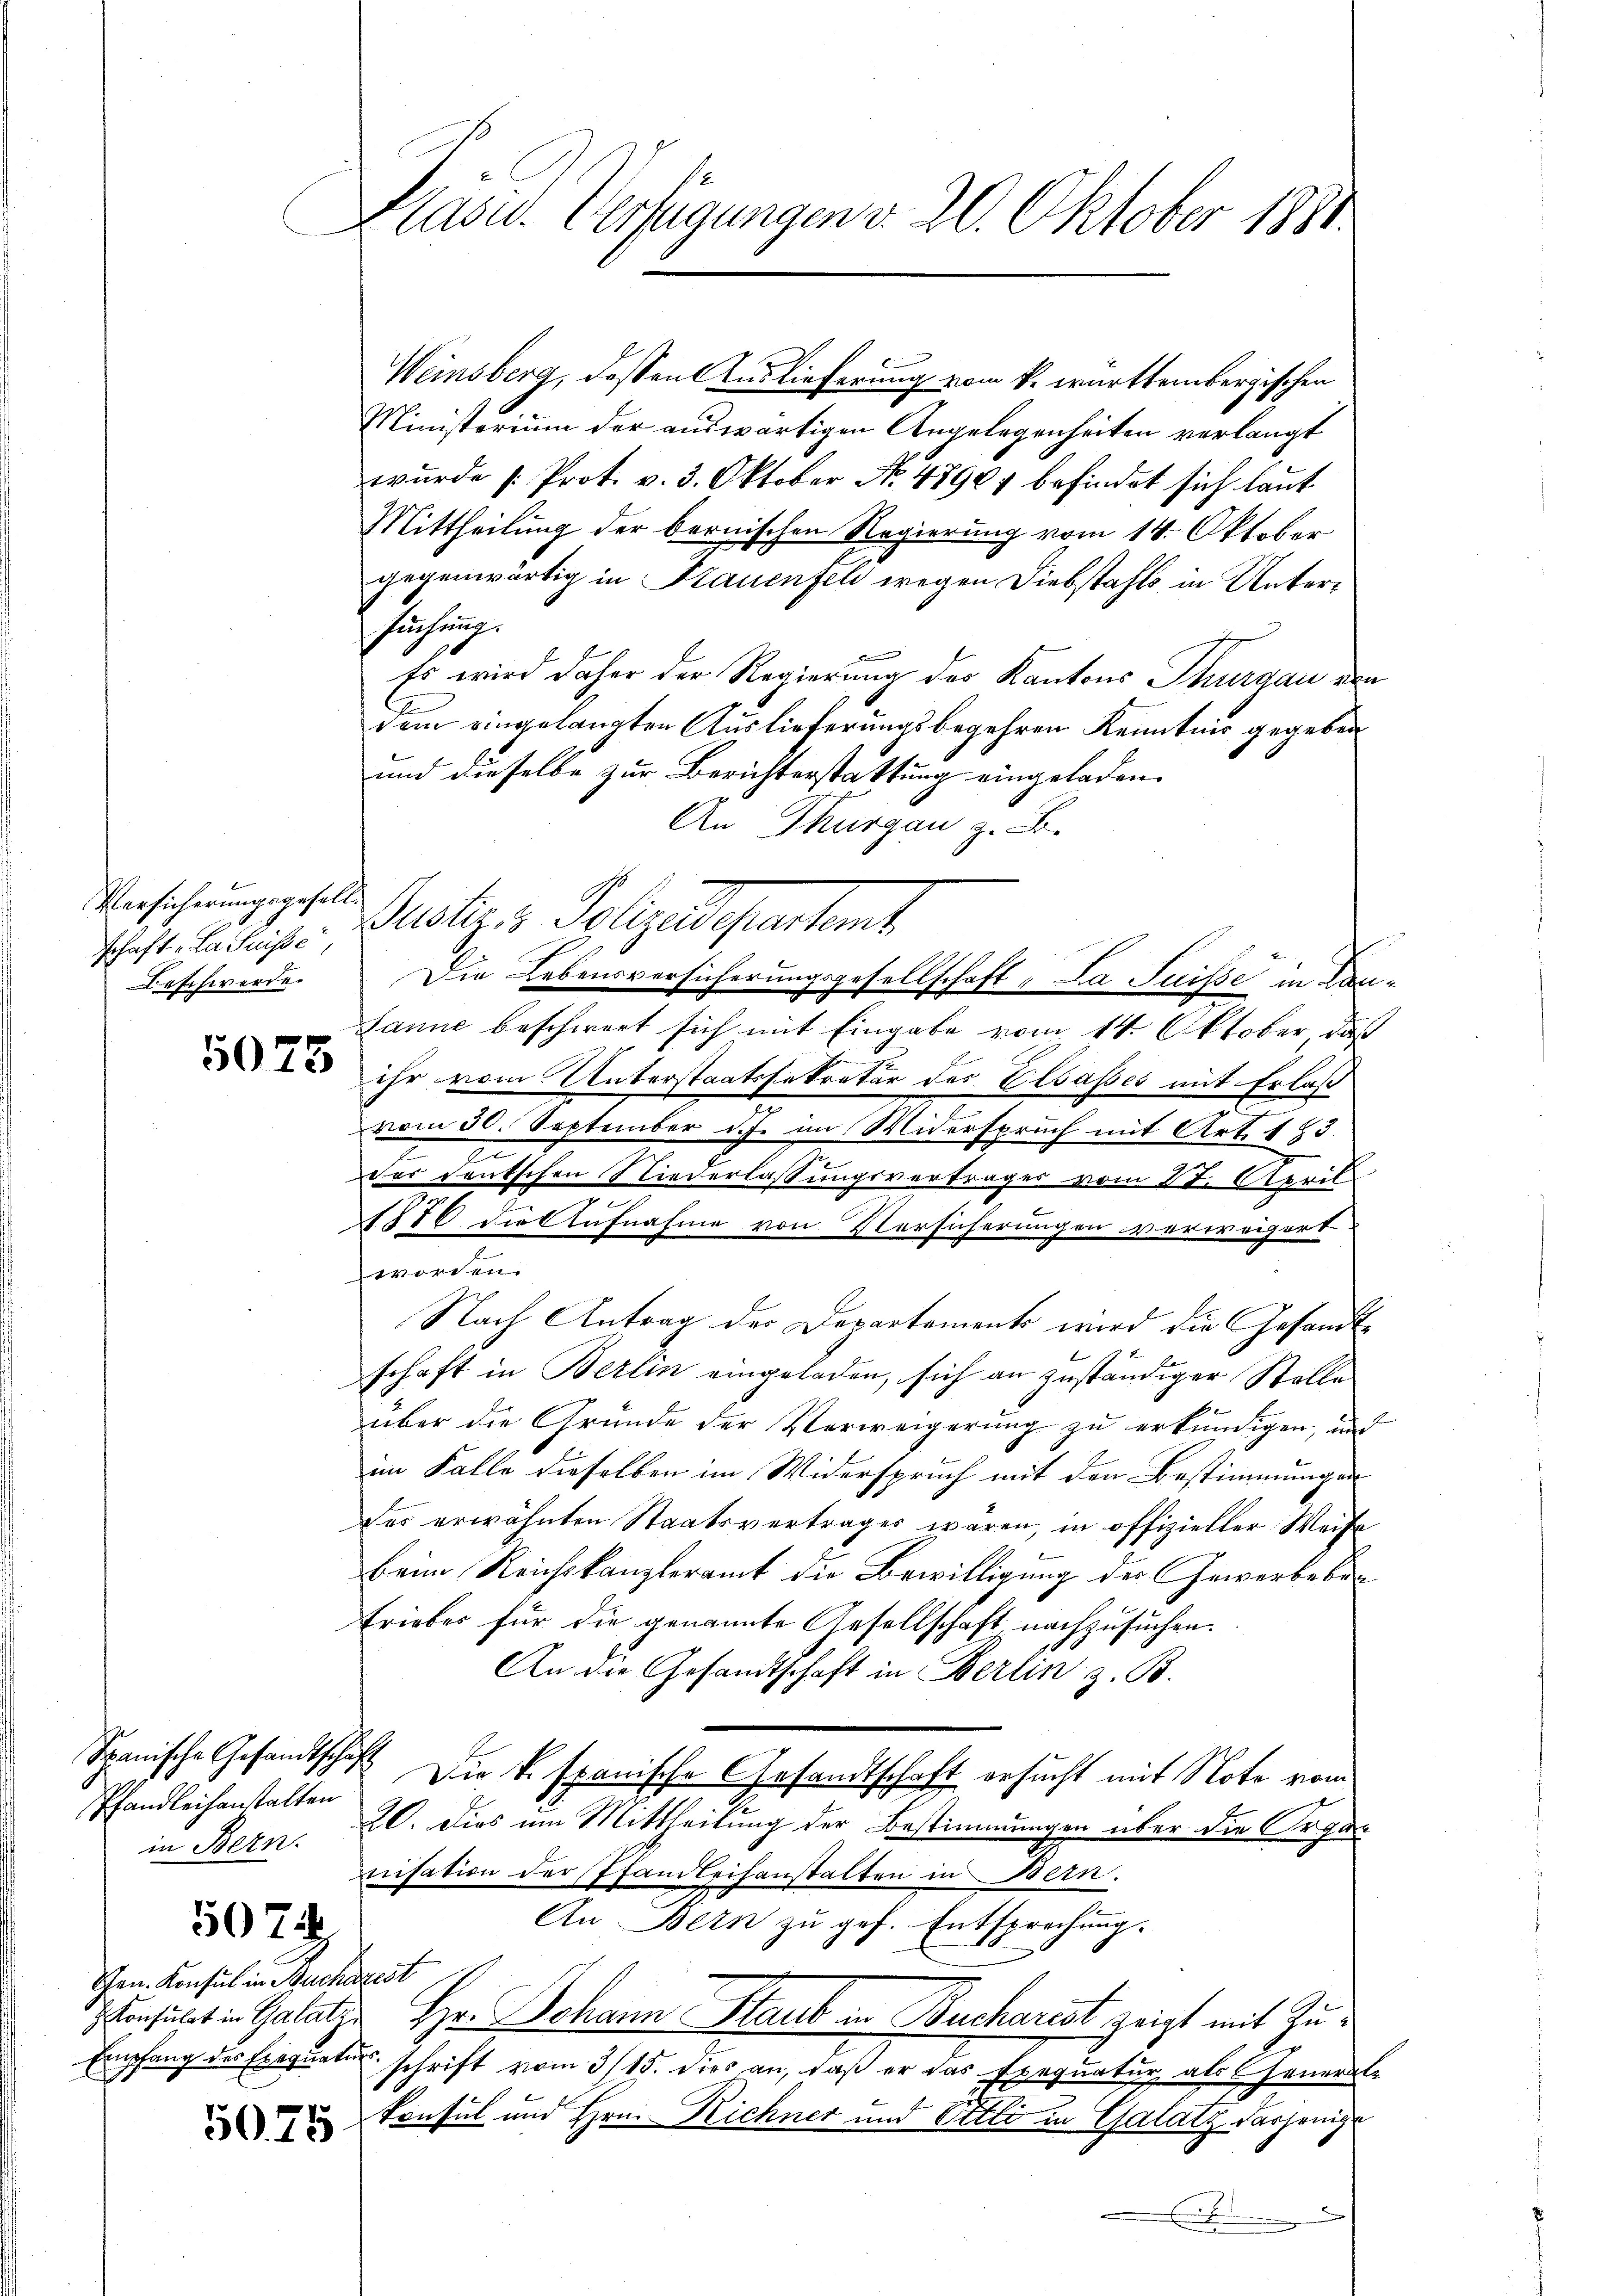
Versicherungsgesellschaft „La Suisse,
Beschwerde.

5075

Spanische Gesandtschaft
Pfandleihanstalten
in Bern.

5022

Gen. Konsul in Bucharest

5075.

Präsid. Verfügungen v. 20. Oktober 1881.

Weinsberg, dessen Auslieferung vom k. württembergischen
Ministerium der auswärtigen Angelegenheiten verlangt
wurde (: Prot. v. 3. Oktober No. 4790 befindet sich laut
Mittheilung der bernischen Regierung vom 14. Oktober
gegenwärtig in Hauenfeld wegen Diebstahls in Untersuchung.
f
Es wird daher der Regierung des Kantons Thurgau von
dem eingelangten Auslieferungsbegehren Kenntnis gegeben
und dieselbe zur Berichterstattung eingeladen.
An Thurgau z. B.
Sutz z. Polizeidesentant
Janne beschwert sich mit Eingabe vom 14. Oktober, daß
ihr vom Unterstaatssekretär des Elsasses mit Erlaß
g
vom 30. September d. J. im Widerspruch mit Art. 183.
zu
der deutschen Niederlassungsvertrages vom 21. April
1576 die Aufnahme von Versicherungen verweigert
worden.
Nach Antrag des Departements wird die Gesandtschaft in Berlin eingeladen, sich an zuständiger Stelle
über die Grunde der Verweigerung zu erkundigen, und
im Falle dieselben im Widerspruch mit den Bestimmungen
der erwähnten Staatsvertrages wären, in offizieller Weise
beim Reichskanzleramt die Bewilligung der Gewerbeben
Erieber für die genannte Gesellschaft nachzusuchen.
An die Gesandtschaft in Berlin z. B.
Die k. Epanische Gesandtschaft ersucht mit Note vom
20. Dies um Mittheilung der Bestimmungen über die Organisation der Pfandleihanstalten in Bern.
An Bern zu geh. Entsprechung.
konsulat in Galatze Hr. Johann Staub in Bucharest zeigt mit Zu¬
Empfang des Exequatur schrift vom 3/15. dies an, daß er das Exequatur als General-
konsul und Hrn. Richner und Ottli in Galatz dasjenige
.

Die Lebensversicherungsgesellschaft „La Suisse in Can¬